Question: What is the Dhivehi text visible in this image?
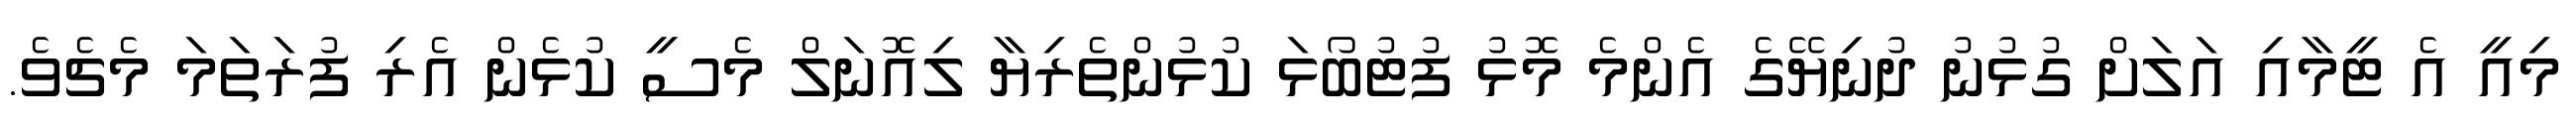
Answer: މިއީ އެ ޓީމާއި އަލަށް ގުޅުނު ދުނިޔޭގެ އެންމެ މޮޅު ފުޓުބޯޅަ ކުޅުންތެރިޔާ ލިއޮނަލް މެސީ ކުޅެން އެރި ފުރަތަމަ މެޗެވެ.